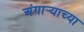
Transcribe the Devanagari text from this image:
अंगार्‍याच्या